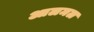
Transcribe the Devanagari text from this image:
आलमल